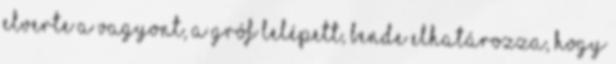
elverte a vagyont, a gróf lelépett, Bende elhatározza, hogy